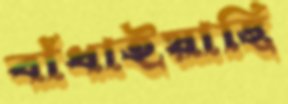
বাঁধাইয়াছি